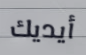
أيديك